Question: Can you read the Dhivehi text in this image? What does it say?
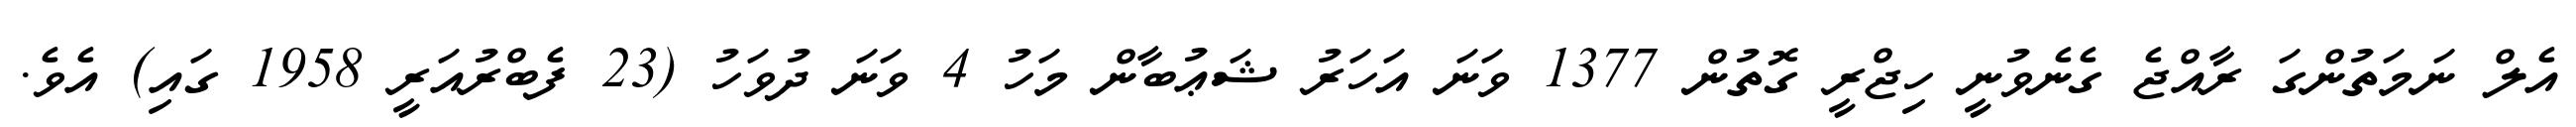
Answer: އެލް ނަމަތުންގަ ރާއްޖެ ގެނެވުނީ ހިޖްރީ ގޮތުން 1377 ވަނަ އަހަރު ޝަޢުބާން މަހު 4 ވަނަ ދުވަހު (23 ފެބްރުއަރީ 1958 ގައި) އެވެ.